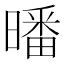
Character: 𣊩